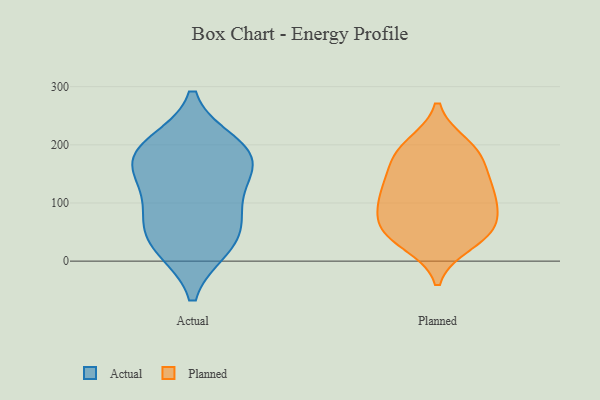
{"axis": {"x": "Population (Million)", "y": "Value"}, "legend": ["Actual", "Planned"], "data": [{"x": "", "y": 24, "type": "Actual"}, {"x": "", "y": 200, "type": "Actual"}, {"x": "", "y": 113, "type": "Actual"}, {"x": "", "y": 60, "type": "Actual"}, {"x": "", "y": 25, "type": "Actual"}, {"x": "", "y": 175, "type": "Actual"}, {"x": "", "y": 188, "type": "Actual"}, {"x": "", "y": 179, "type": "Actual"}, {"x": "", "y": 146, "type": "Actual"}, {"x": "", "y": 74, "type": "Actual"}, {"x": "", "y": 105, "type": "Planned"}, {"x": "", "y": 42, "type": "Planned"}, {"x": "", "y": 199, "type": "Planned"}, {"x": "", "y": 120, "type": "Planned"}, {"x": "", "y": 31, "type": "Planned"}, {"x": "", "y": 52, "type": "Planned"}, {"x": "", "y": 128, "type": "Planned"}, {"x": "", "y": 89, "type": "Planned"}, {"x": "", "y": 58, "type": "Planned"}, {"x": "", "y": 127, "type": "Planned"}, {"x": "", "y": 193, "type": "Planned"}, {"x": "", "y": 170, "type": "Planned"}, {"x": "", "y": 66, "type": "Planned"}, {"x": "", "y": 179, "type": "Planned"}]}